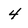
Character: 4